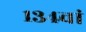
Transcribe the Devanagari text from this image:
१३४वां